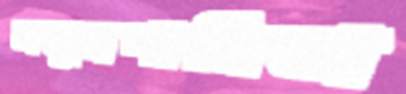
সমুদ্রগামিতা